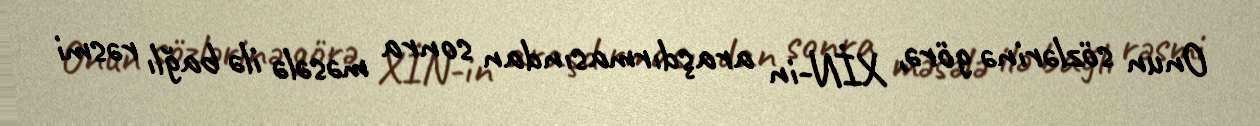
Onun sözlərinə görə, XİN-in araşdırmasından sonra məsələ ilə bağlı rəsmi